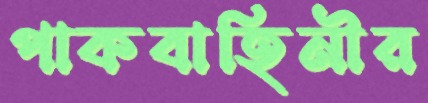
পাকবাহিনীর